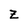
Character: Z